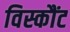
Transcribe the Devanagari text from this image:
विस्कौंट